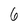
Character: 6